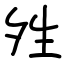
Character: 夝